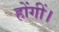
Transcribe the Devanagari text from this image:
होंगीं।